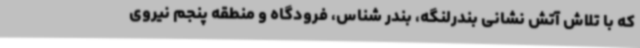
که با تلاش آتش نشانی بندرلنگه، بندر شناس، فرودگاه و منطقه پنجم نیروی